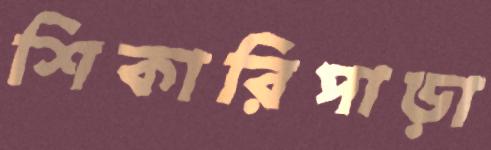
শিকারিপাড়া